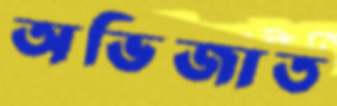
অভিজাত